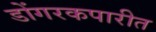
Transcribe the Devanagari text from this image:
डोंगरकपारीत